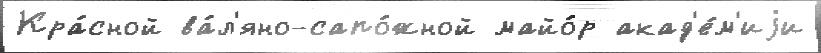
Кра́сной ва́л'яно-сапо́жной майо́р акад'е́м'иjи